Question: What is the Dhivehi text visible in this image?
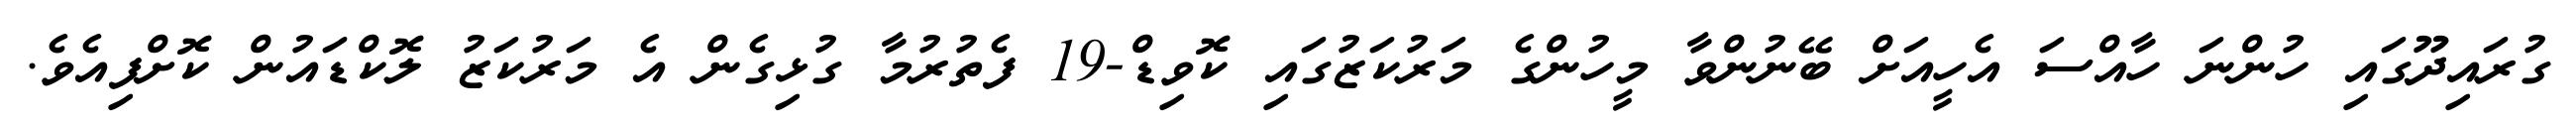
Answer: ގުރައިދޫގައި ހުންނަ ހާއްސަ އެހީއަށް ބޭނުންވާ މީހުންގެ މަރުކަޒުގައި ކޮވިޑް-19 ފެތުރުމާ ގުޅިގެން އެ މަރުކަޒު ލޮކްޑައުން ކޮށްފިއެވެ.